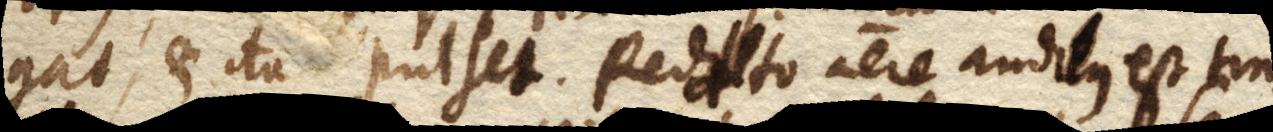
gat, et ita pulset. Redito aere auditus est tin–